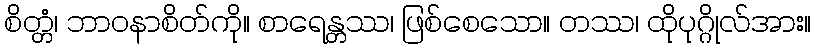
စိတ္တံ၊ ဘာဝနာစိတ်ကို။ စာရေန္တဿ၊ ဖြစ်စေသော။ တဿ၊ ထိုပုဂ္ဂိုလ်အား။